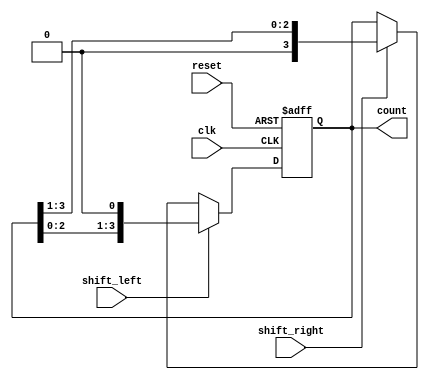
module async_shift_counter (
    input wire clk,          // Clock signal
    input wire reset,        // Asynchronous reset signal
    input wire shift_left,   // Control signal to shift left
    input wire shift_right,  // Control signal to shift right
    output reg [3:0] count   // 4-bit output count
);

// Asynchronous reset and counting mechanism
always @(posedge clk or posedge reset) begin
    if (reset) begin
        count <= 4'b0000; // Reset count to 0
    end else begin
        if (shift_left) begin
            count <= {count[2:0], 1'b0}; // Shift left
        end else if (shift_right) begin
            count <= {1'b0, count[3:1]}; // Shift right
        end
    end
end

endmodule